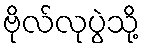
ဗိုလ်လုပွဲသို့